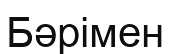
Бәрімен